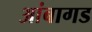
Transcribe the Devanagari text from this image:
आंबागड